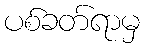
ပစ်ခတ်ရာမှ